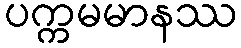
ပက္ကမမာနဿ